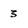
Character: 3